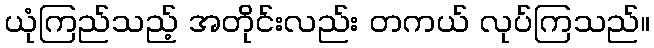
ယုံကြည်သည့် အတိုင်းလည်း တကယ် လုပ်ကြသည်။